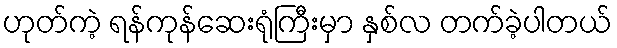
ဟုတ်ကဲ့ ရန်ကုန်ဆေးရုံကြီးမှာ နှစ်လ တက်ခဲ့ပါတယ်